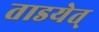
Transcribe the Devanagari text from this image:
ताडयेत्